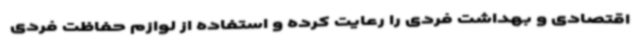
اقتصادی و بهداشت فردی را رعایت کرده و استفاده از لوازم حفاظت فردی